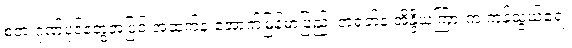
စတဲ့ ဂုဏ်ပုဒ်တွေအပြင် အထက်နဲ့ အောက်မြန်မာပြည်၊ တရုတ်နဲ့ အိန္ဒိယကြားက ကုန်သွယ်ရေး